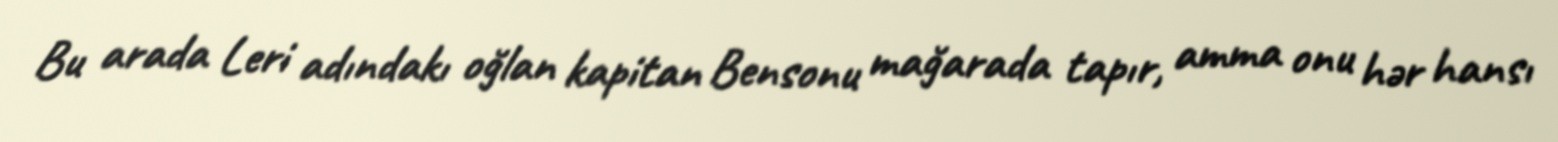
Bu arada Leri adındakı oğlan kapitan Bensonu mağarada tapır, amma onu hər hansı